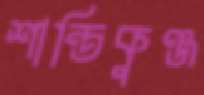
শান্তিকুঞ্জ